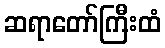
ဆရာတော်ကြီးထံ